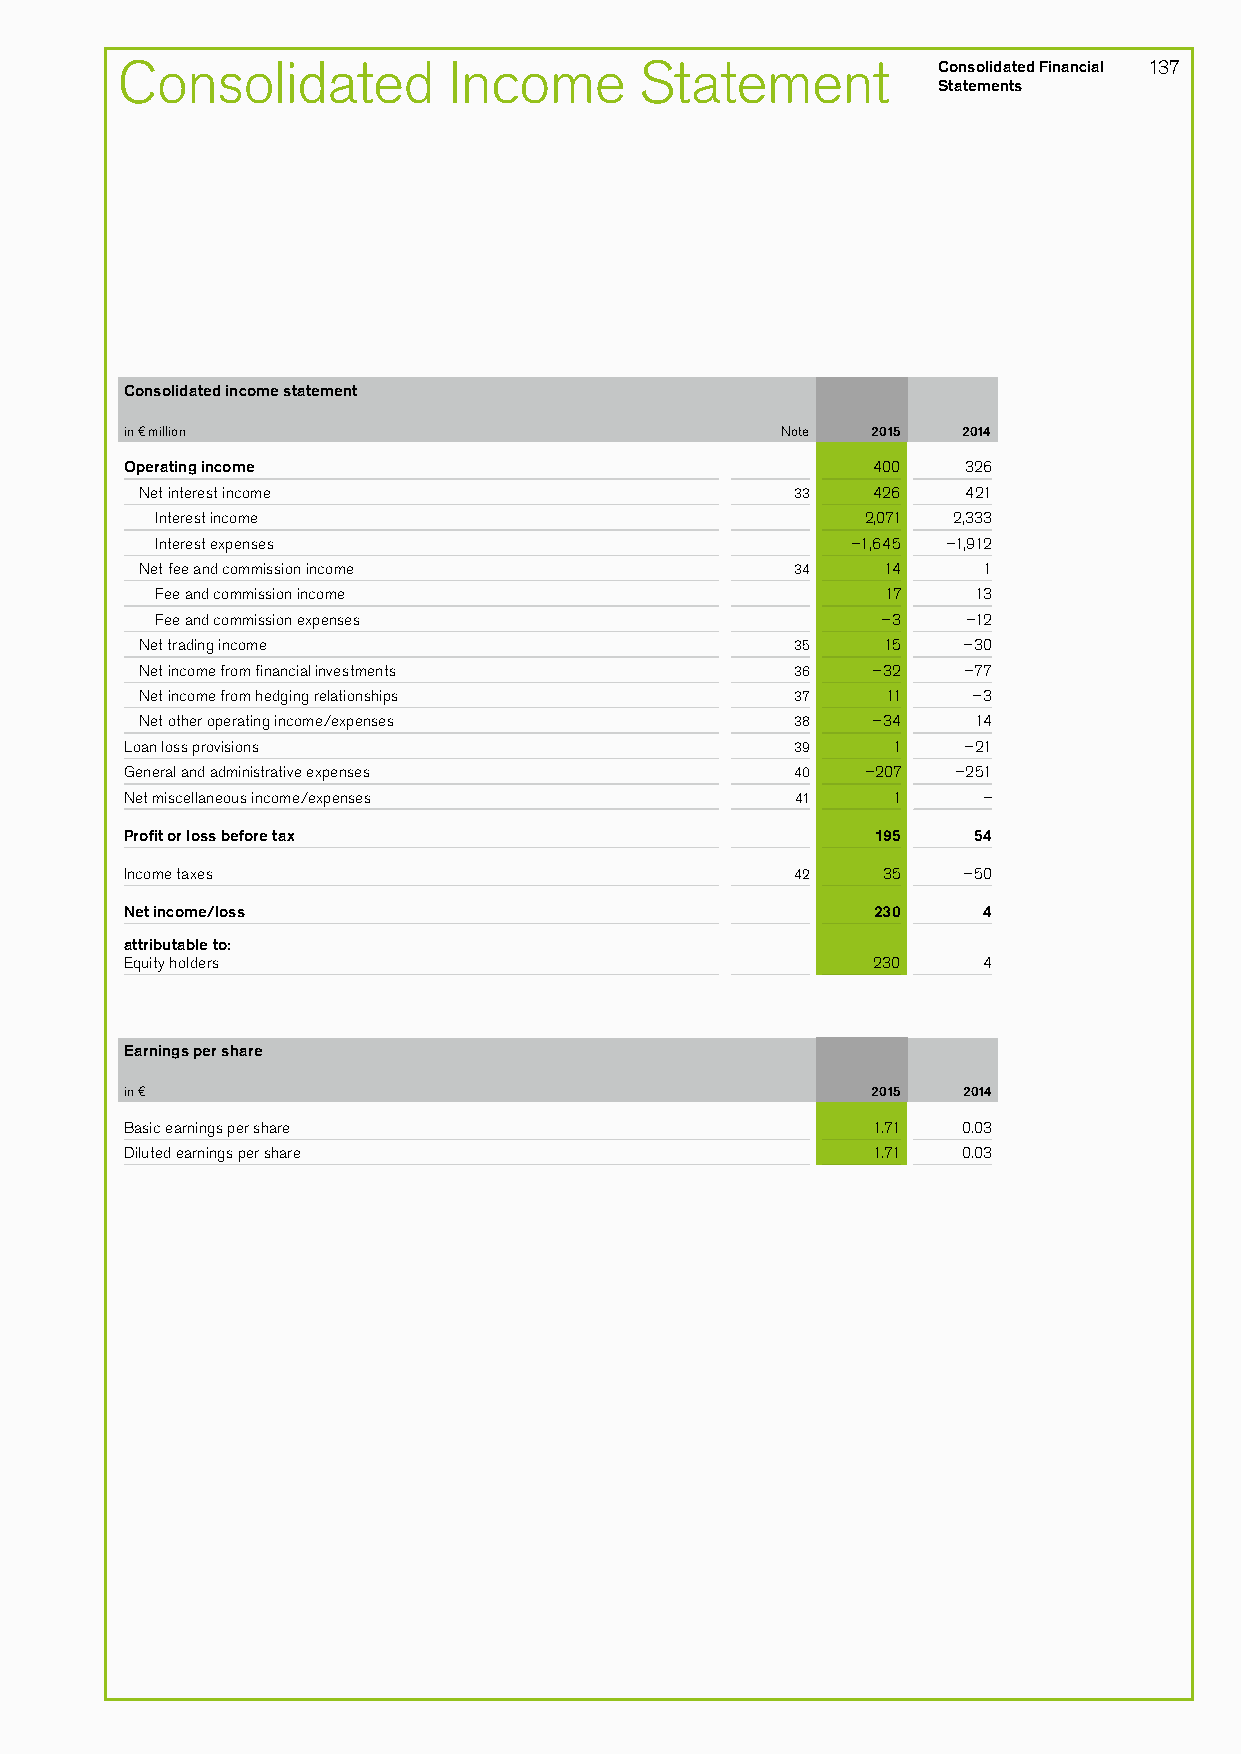
Consolidated          Income      Statement           Consolidated Financial 137
 Statements
 Consolidated income statement
 in € million                                Note  2015  2014
 Operating income                                  400   326
 Net interest income                         33   426   421
 Interest income                                2,071 2,333
 Interest expenses                             –1,645 –1,912
 Net fee and commission income               34   14     1
 Fee and commission income                        17    13
 Fee and commission expenses                     –3    –12
 Net trading income                          35   15    –30
 Net income from financial investments       36   –32   –77
 Net income from hedging relationships       37    11   –3
 Net other operating income/expenses         38   –34    14
 Loan loss provisions                         39    1    –21
 General and administrative expenses          40  –207  –251
 Net miscellaneous income/expenses            41    1     –
 Profit or loss before tax                         195   54
 Income taxes                                 42   35    –50
 Net income/loss                                   230    4
 attributable to:
 Equity holders                                    230    4
 Earnings per share
 in €                                              2015  2014
 Basic earnings per share                          1.71  0.03
 Diluted earnings per share                        1.71  0.03